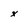
Character: x